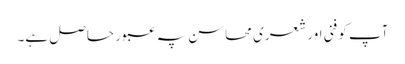
آپ کو فنی اور شعری محاسن پہ عبور حاصل ہے۔